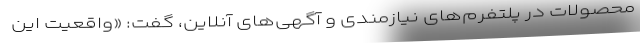
محصولات در پلتفرم‌های نیازمندی و آگهی‌های آنلاین، گفت: «واقعیت این